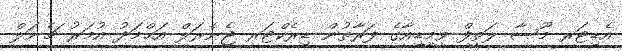
އެޑިޓަރ މޫސާ ލަތީފް ވީމީޑިއާގެ ފަރާތުން ޑިރެކްޓަރ ޖެނެރަލް އަޙްމަދު އުމަރު ޗެނަލް